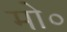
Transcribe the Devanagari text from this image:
मो०